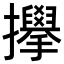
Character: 𫾜